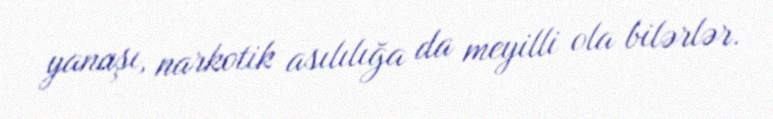
yanaşı, narkotik asılılığa da meyilli ola bilərlər.